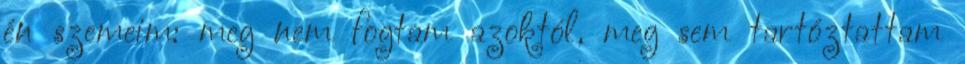
én szemeim: meg nem fogtam azoktól, meg sem tartóztattam